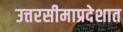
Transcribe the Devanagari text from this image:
उत्तरसीमाप्रदेशात